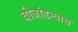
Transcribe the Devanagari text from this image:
बीजांडन्यास